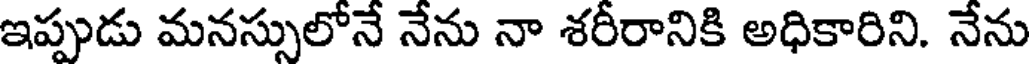
ఇప్పుడు మనస్సులోనే నేను నా శరీరానికి అధికారిని. నేను